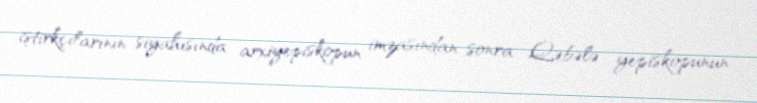
iştirkçılarının siyahısında arxiyepiskopun imzasından sonra Qəbələ yepiskopunun